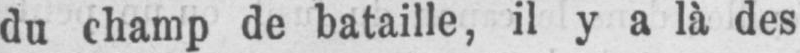
du champ de bataille, il y a là des